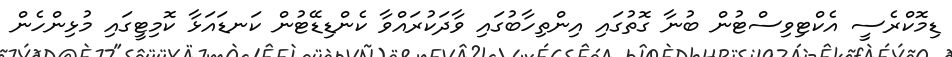
ޑިމޮކްރެސީ އެކްޓިވިސްޓުން ބުނާ ގޮތުގައި އިންތިހާބުގައި ވާދަކުރައްވާ ކެންޑިޑޭޓުން ކަނޑައަޅާ ކޮމިޓީގައި މުޅިންހެން